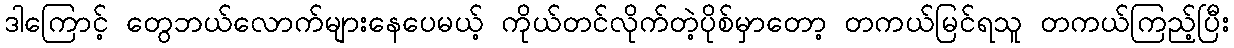
ဒါကြောင့် တွေဘယ်လောက်များနေပေမယ့် ကိုယ်တင်လိုက်တဲ့ပိုစ်မှာတော့ တကယ်မြင်ရသူ တကယ်ကြည့်ပြီး